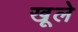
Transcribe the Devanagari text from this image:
खूले